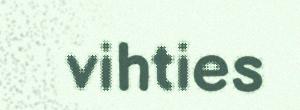
vihties